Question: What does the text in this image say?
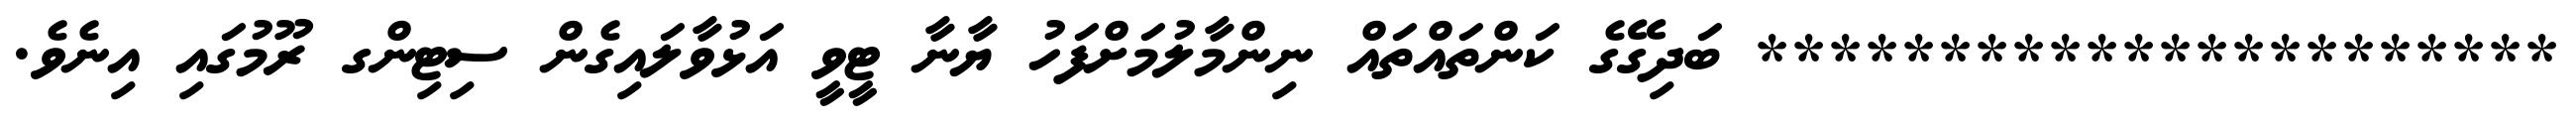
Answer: ********************** ބަދިގޭގެ ކަންތައްތައް ނިންމާލުމަށްފަހު ޔާނާ ޓީވީ އަޅުވާލައިގެން ސިޓިންގ ރޫމުގައި އިނެވެ.